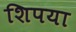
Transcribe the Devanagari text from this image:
शिपया